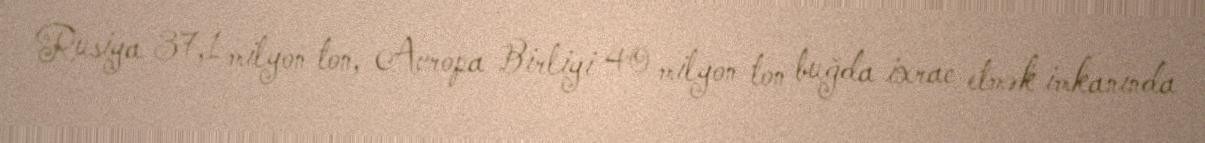
Rusiya 37,1 milyon ton, Avropa Birliyi 40 milyon ton buğda ixrac etmək imkanında